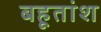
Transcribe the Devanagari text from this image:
बहूतांश